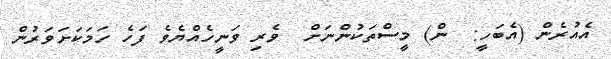
އެއުރެން (އެބަހީ:  ން) މީސްތަކުންނަށް  ވެރި ވަނީހެއްޔެވެ ފަހެ ހަމަކަށަވަރުން